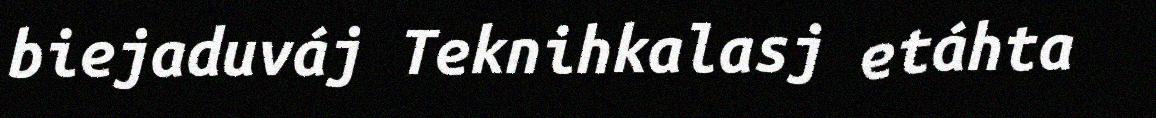
biejaduváj Teknihkalasj etáhta